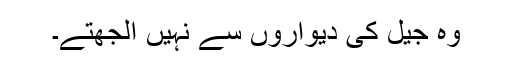
وہ جیل کی دیواروں سے نہیں الجھتے۔